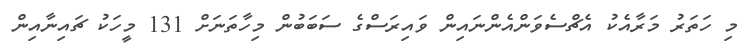
މި ހަތަރު މަރާއެކު އެޗްސެވަންއެންނައިން ވައިރަސްގެ ސަބަބުން މިހާތަނަށް 131 މީހަކު ޗައިނާއިން